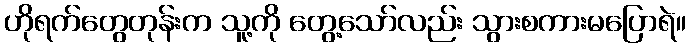
ဟိုရက်တွေတုန်းက သူ့ကို တွေ့သော်လည်း သွားစကားမပြောရဲ။